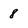
Character: 8